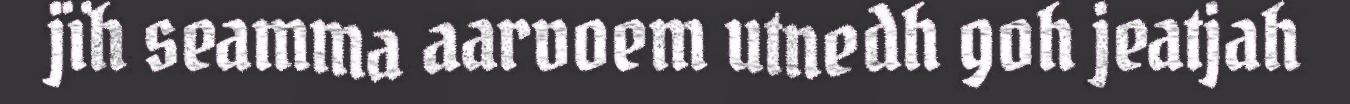
jïh seamma aarvoem utnedh goh jeatjah